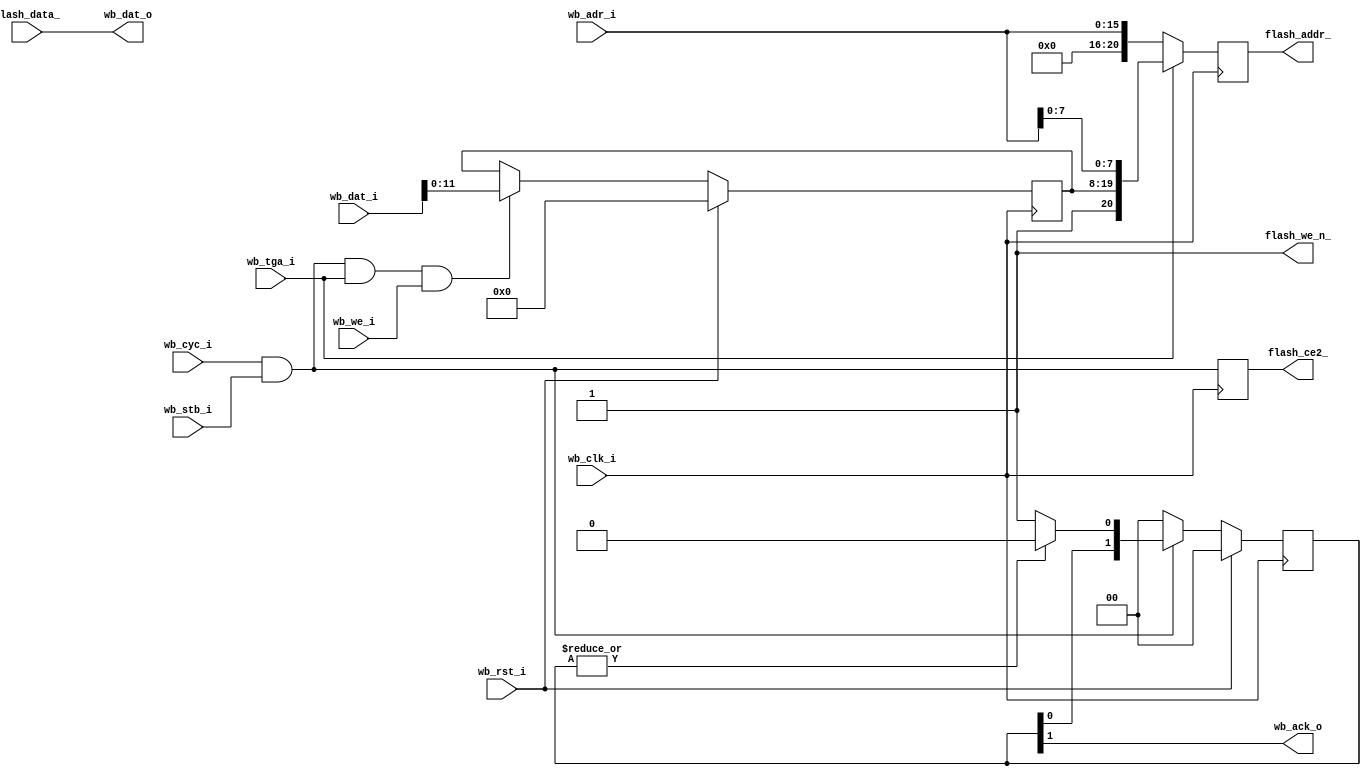
/*
 *  Copyright (c) 2008  Zeus Gomez Marmolejo <zeus@opencores.org>
 *
 *  This file is part of the Zet processor. This processor is free
 *  hardware; you can redistribute it and/or modify it under the terms of
 *  the GNU General Public License as published by the Free Software
 *  Foundation; either version 3, or (at your option) any later version.
 *
 *  Zet is distrubuted in the hope that it will be useful, but WITHOUT
 *  ANY WARRANTY; without even the implied warranty of MERCHANTABILITY
 *  or FITNESS FOR A PARTICULAR PURPOSE. See the GNU General Public
 *  License for more details.
 *
 *  You should have received a copy of the GNU General Public License
 *  along with Zet; see the file COPYING. If not, see
 *  <http://www.gnu.org/licenses/>.
 */

module flash_cntrl #(
    parameter timeout = 2  // read timeout (default: 2 cycles)
  ) (
    // Wishbone slave interface
    input         wb_clk_i,
    input         wb_rst_i,
    input  [15:0] wb_dat_i,
    output [15:0] wb_dat_o,
    input  [16:1] wb_adr_i,
    input         wb_we_i,
    input         wb_tga_i,
    input         wb_stb_i,
    input         wb_cyc_i,
    output        wb_ack_o,

    // Pad signals
    output reg [20:0] flash_addr_,
    input      [15:0] flash_data_,
    output            flash_we_n_,
    output reg        flash_ce2_
  );

  // Registers and nets
  reg  [       11:0] base;
  reg  [timeout-1:0] sft_cnt;

  wire        op;
  wire        opbase;

  // Continuous assignments
  assign wb_dat_o    = flash_data_;
  assign flash_we_n_ = 1'b1;
  assign op          = wb_cyc_i & wb_stb_i;
  assign opbase      = op & wb_tga_i & wb_we_i;
  assign wb_ack_o    = sft_cnt[timeout-1];

  // Behaviour
  // flash_addr, 21 bits
  always @(posedge wb_clk_i)
    flash_addr_ <= wb_tga_i ? { 1'b1, base, wb_adr_i[8:1] }
                            : { 5'h0, wb_adr_i[16:1] };

  always @(posedge wb_clk_i) flash_ce2_ <= op;

  // sft_cnt
  always @(posedge wb_clk_i)
    sft_cnt <= wb_rst_i ? 0
      : (op ? ((|sft_cnt) ? { sft_cnt[timeout-2:0], 1'b0 }
                          : { sft_cnt[timeout-2:0], 1'b1 }) : 0);

  // base
  always @(posedge wb_clk_i)
    base <= wb_rst_i ? 12'h0: ((opbase) ? wb_dat_i[11:0] : base);
endmodule